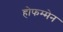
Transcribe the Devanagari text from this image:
होफम्मेन